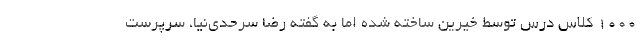
۱۰۰۰ کلاس درس توسط خیرین ساخته شده اما به گفته رضا سرحدی‌نیا، سرپرست